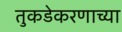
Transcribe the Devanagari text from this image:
तुकडेकरणाच्या